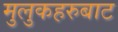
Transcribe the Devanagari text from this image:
मुलुकहरुबाट